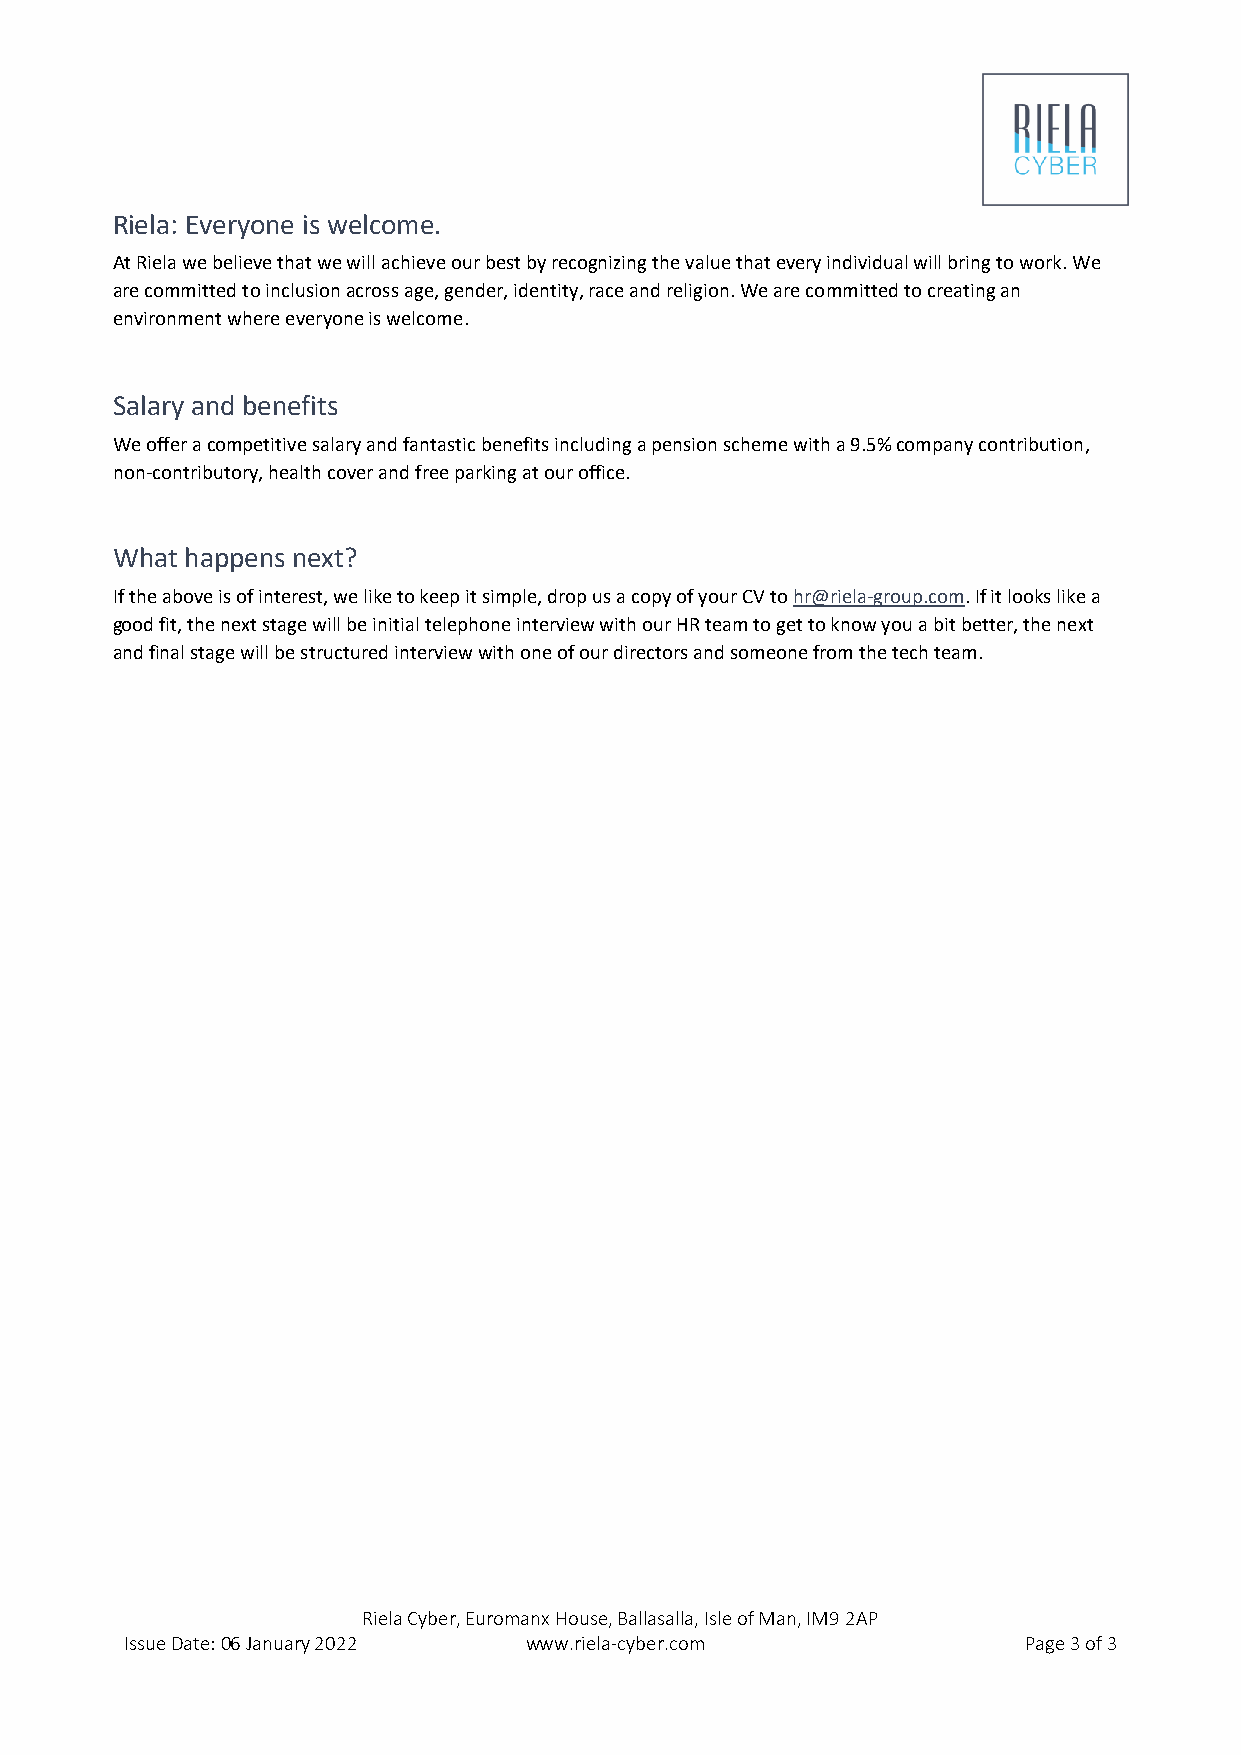
Riela: Everyone is welcome.
 At Riela we believe that we will achieve our best by recognizing the value that every individual will bring to work. We
 are committed to inclusion across age, gender, identity, race and religion. We are committed to creating an
 environment where everyone is welcome.
 Salary and benefits
 We offer a competitive salary and fantastic benefits including a pension scheme with a 9.5% company contribution,
 non-contributory, health cover and free parking at our office.
 What happens next?
 If the above is of interest, we like to keep it simple, drop us a copy of your CV to hr@riela-group.com. If it looks like a
 good fit, the next stage will be initial telephone interview with our HR team to get to know you a bit better, the next
 and final stage will be structured interview with one of our directors and someone from the tech team.
 Riela Cyber, Euromanx House, Ballasalla, Isle of Man, IM9 2AP
 Issue Date: 06 January 2022 www.riela-cyber.com             Page 3 of 3